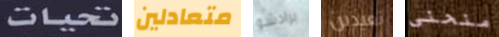
تحيات متعادلين برادشو تعيدين منحنى